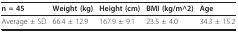
| n = 45 | Weight (kg) | Height (cm) | BMI (kg/m^2) | Age |
 | --- | --- | --- | --- | --- |
 | Average ± SD | 66.4 ± 12.9 | 167.9 ± 9.1 | 23.5 ± 4.0 | 34.3 ± 15.2 |